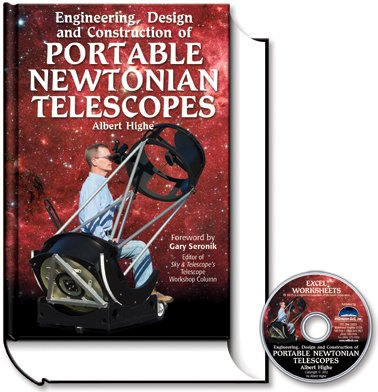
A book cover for Engineering, Design and Construction of Portable Newtonian Telescopes; Albert Highe; Engineering & Transportation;